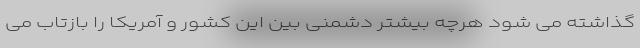
گذاشته می شود هرچه بیشتر دشمنی بین این کشور و آمریکا را بازتاب می